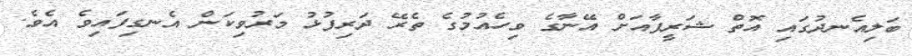
ބަލިއެނދުގައި އޮތް ޝަރީފާއަށް އޭނާގެ ވިހެއުމުގެ ތެރޭ ދަރިފުޅު މަރުވިކަން އެނގިފައިވެ އެވެ.